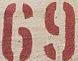
69